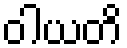
ဝါယတိ